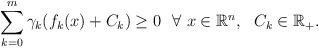
LaTeX: \begin{align*} \sum_{k=0}^{m} \gamma_{k}(f_{k}(x)+C_{k})\ge 0\ \ \forall\ x\in\mathbb{R}^{n}, \ \ C_k\in\mathbb{R}_+.\end{align*}